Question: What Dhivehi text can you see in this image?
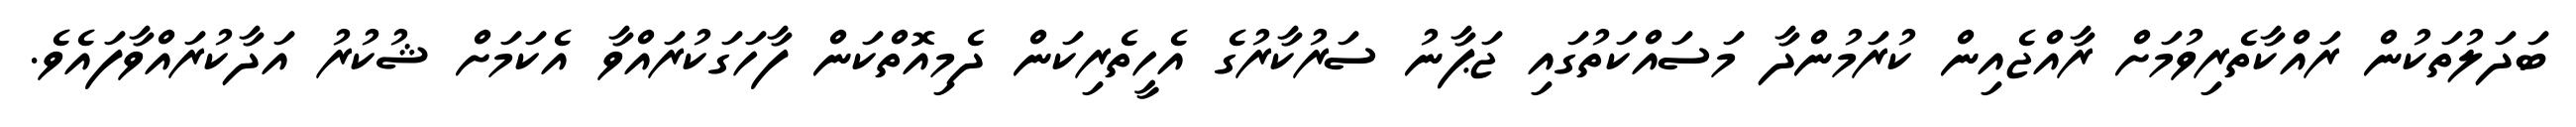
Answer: ބަދަލުތަކުން ރައްކާތެރިވުމަށް ރާއްޖެއިން ކުރަމުންދާ މަސައްކަތުގައި ޖަޕާނު ސަރުކާރުގެ އެހީތެރިކަން ދެމިއޮތްކަން ފާހަގަކުރައްވާ އެކަމަށް ޝުކުރު އަދާކުރައްވާފައެވެ.